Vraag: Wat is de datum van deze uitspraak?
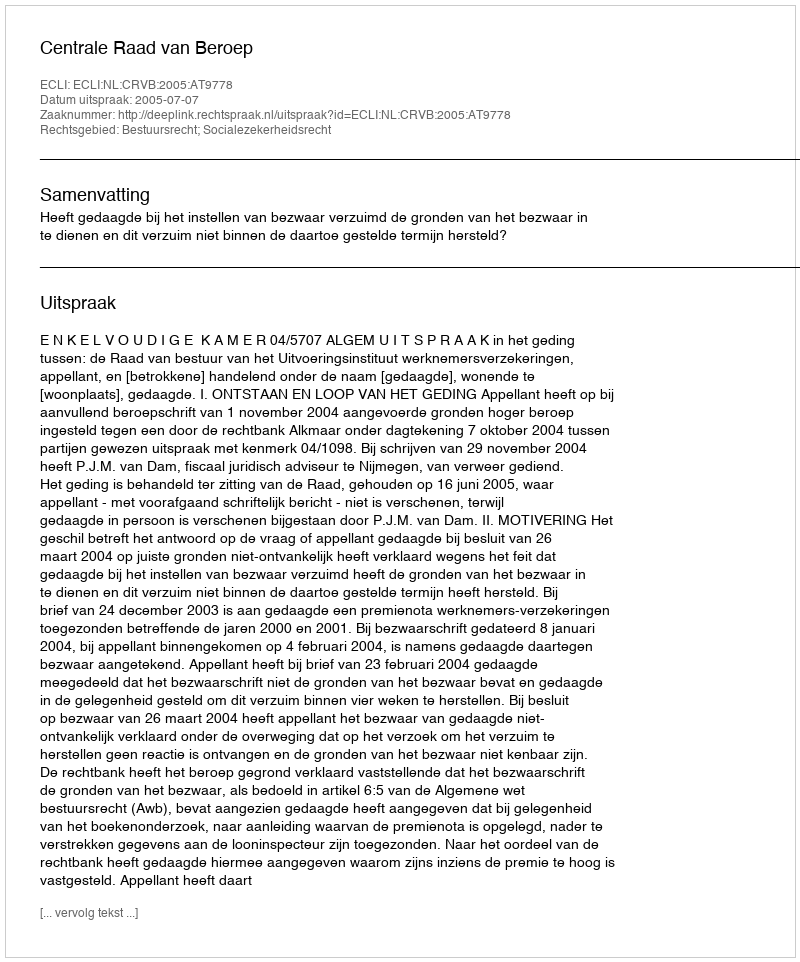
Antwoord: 2005-07-07